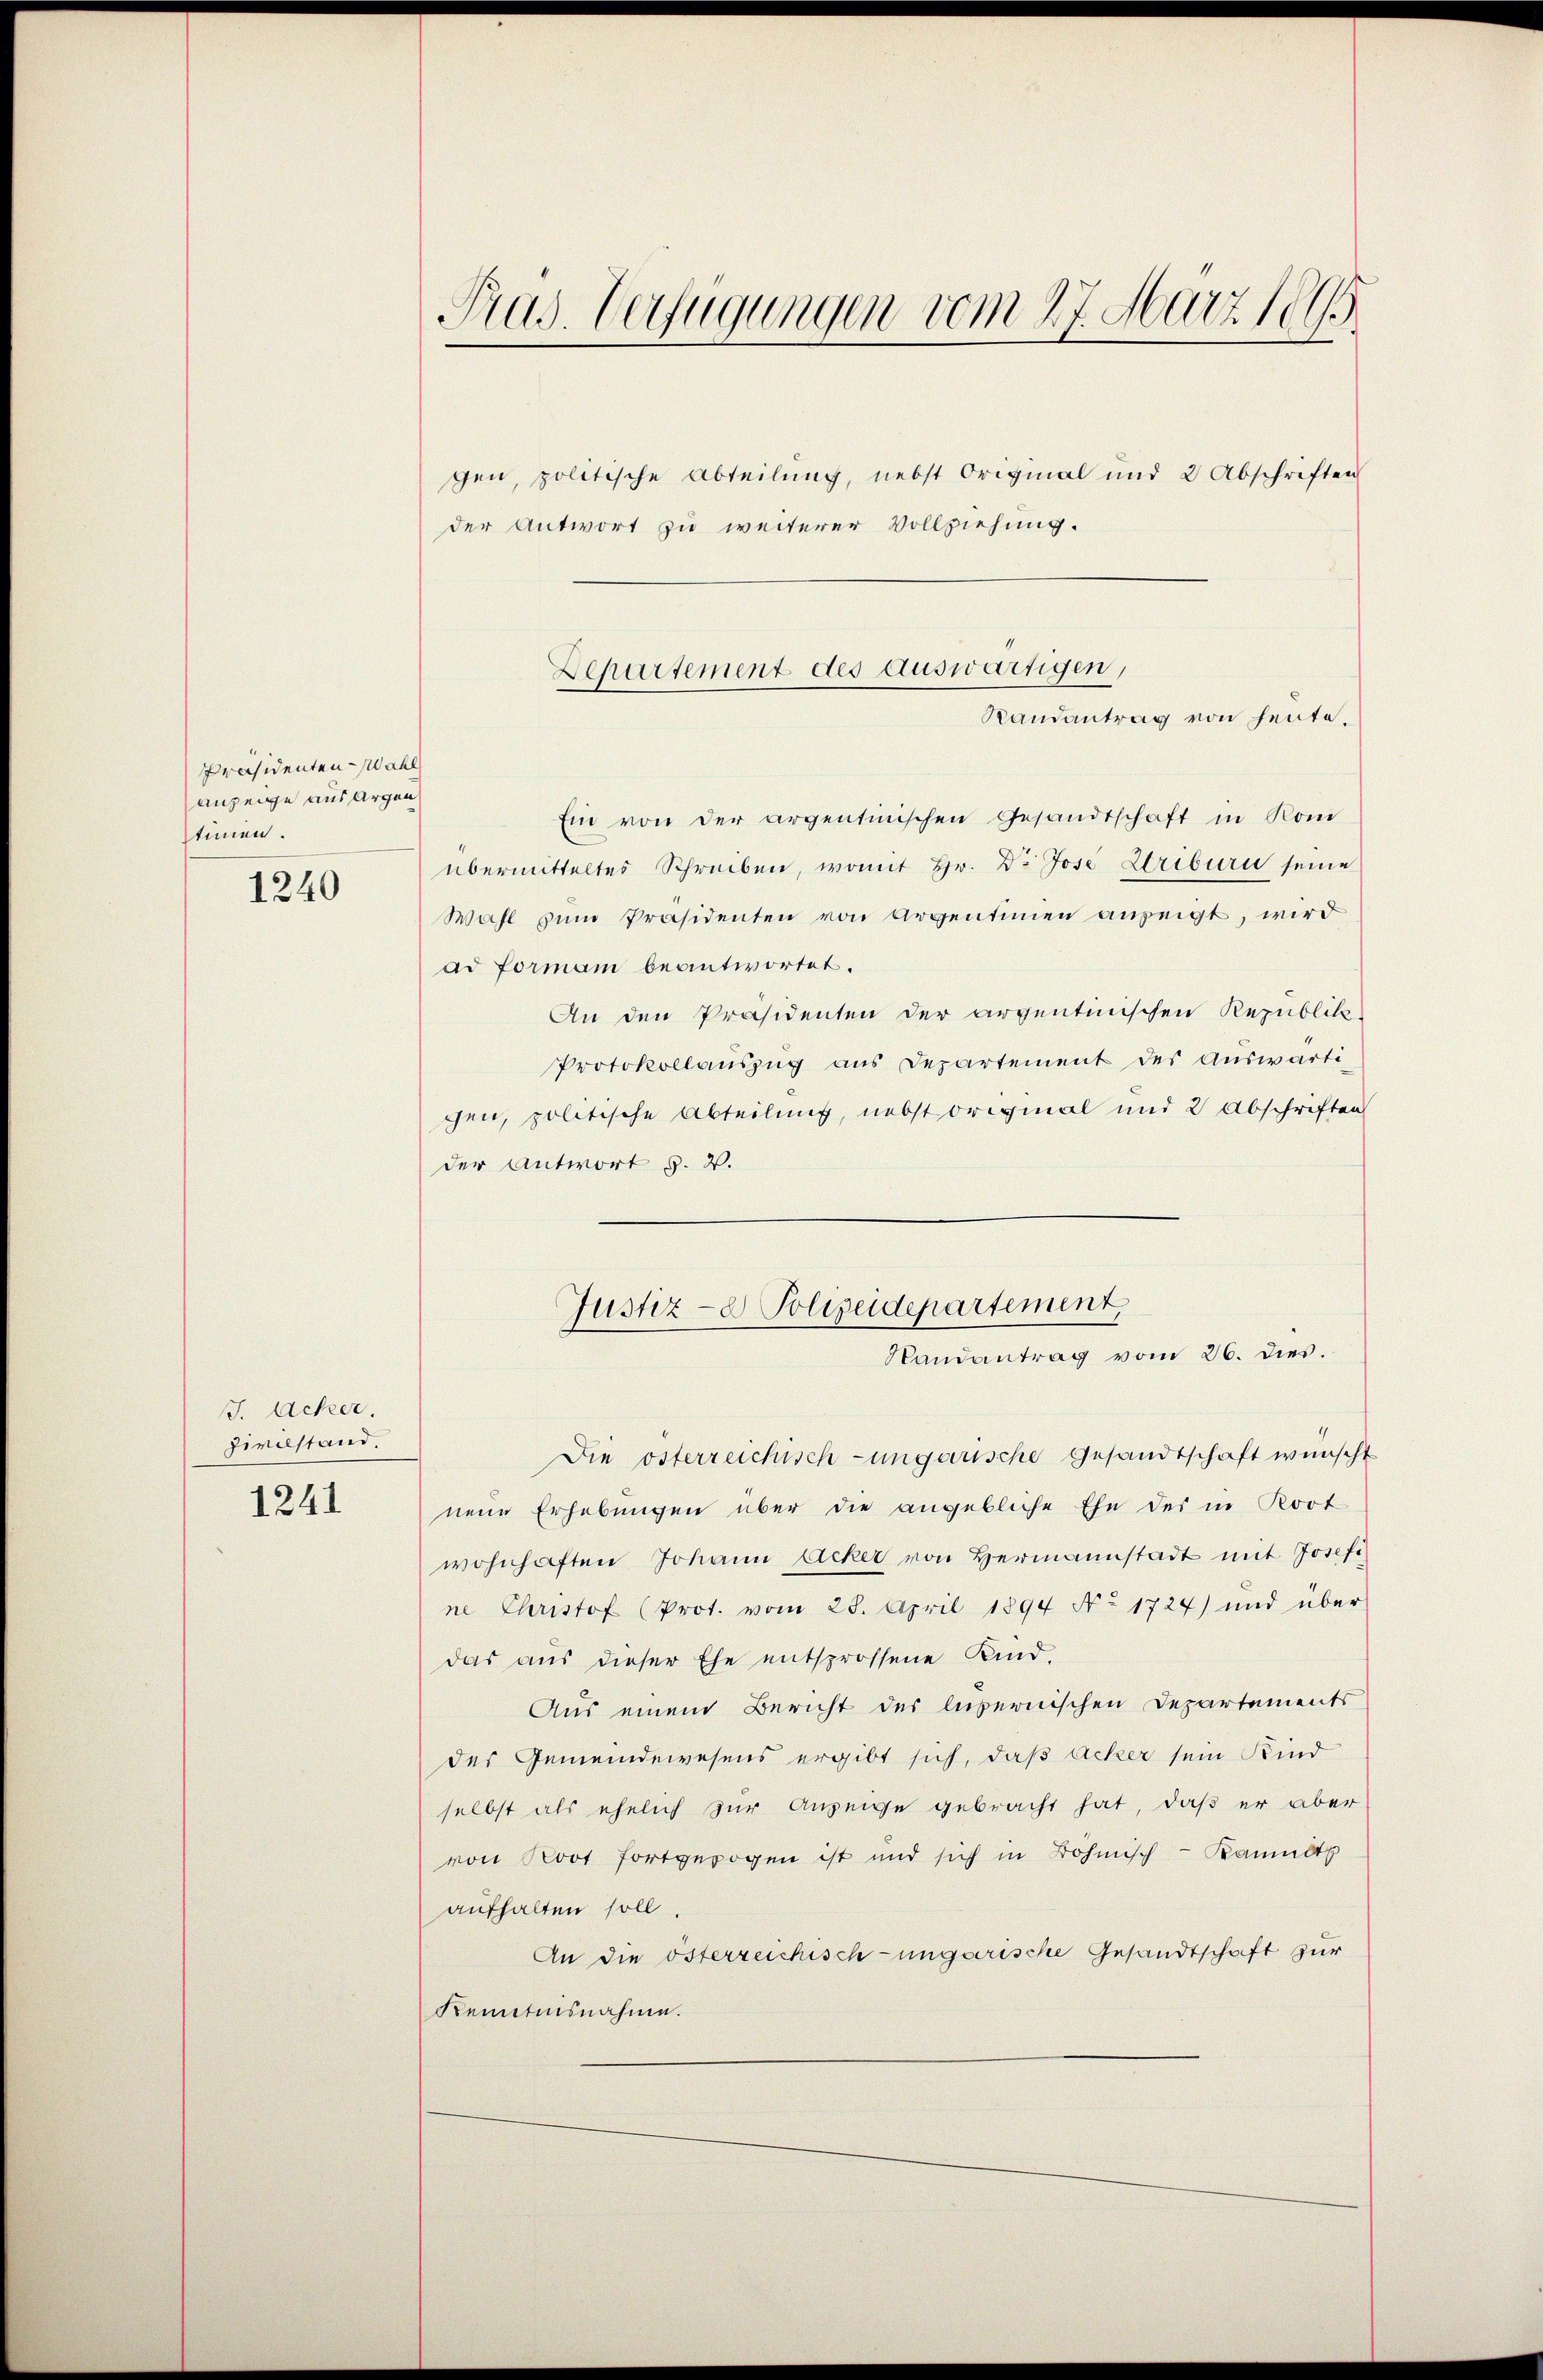
Präsidenten-Wahl
anzeige aus Argen
timen.

1240

J. Acker.
Zivilstand.

1241

Pras. Verfügungen vom 27. März 1895.

gen, politische Abteilung, nebst Original und 2 Abschriften
Ein von der argentinischen Gesandtschaft in Kone
übermitteltes Schreiben, womit Hr. Dr Jose Striburn seine
Wahl zŭm Präsidenten von Argentimen anzeigt, wird
ad formann beantwortet.
An den Präsidenten der argentinischen Republik
Protokollauszug aus Departement des Auswärti-
gen, politische Abteilung, nebst original und 2 Abschriften
der Antwort §. 2.
Die österreichisch-ungarische Gesandtschaft wünscht
nene Erhebungen über die angebliche Ehe des in Kort
wohnhaften Johann Acker von Hermannstadt mit Josefi
ne Christof (Prot. vom 28. April 1894 No 1727) und über
das aus dieser Ehe entsprossene Kind.
Aus einem Bericht des libernischen Departements
des Gemeindewesens ergibt sich, daß Acker sein Kind
selbst als ehelich zur Anzeige gebracht hat, daß er aber
von Boot fortgewogen ist und sich in Böhmisch-Kamult
aufhalten soll.
An die österreichisch-ungarische Gesandtschaft zur
Kenntnisnahme.

der Antwort zu weiterer Vollziehung.

Departement des auswärtigen,
Randantrag von heute.

Justiz- & Polizeidepartement,
Randantrag vom 26. dies.